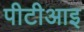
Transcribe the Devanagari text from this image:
पीटीआइ